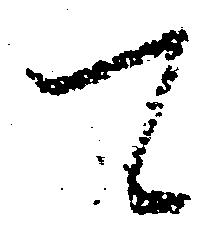
て